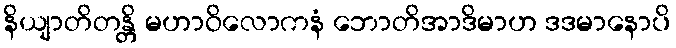
နိယျာတိတန္တိ မဟာဝိလောကနံ ဘောတိအာဒိမာဟ ဒဒမာနောပိ